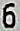
6